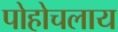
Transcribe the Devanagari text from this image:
पोहोचलाय